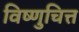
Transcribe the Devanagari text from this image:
विष्णुचित्त